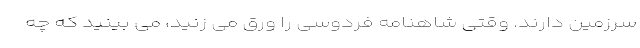
سرزمین دارند. وقتی شاهنامه فردوسی را ورق می زنید، می بینید که چه